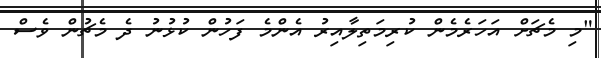
"މި މެޗަށް އަހަރެމެން ކުރިމަތިލާއިރު އެންމެ ފަހުން ކުޅުނު ދެ މެޗުން ވެސް